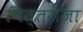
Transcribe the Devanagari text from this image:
चित्तराजा